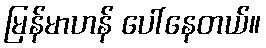
မြန်မာဟန် ပေါ်နေတယ်။